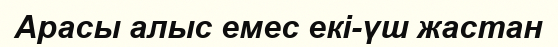
Арасы алыс емес екі-үш жастан